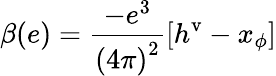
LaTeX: \beta(e)=\frac{-e^{3}}{\left(4\pi\right)^{2}}\left[h^{\textrm{v}}-x_{\phi}\right]